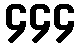
၄၄၄